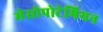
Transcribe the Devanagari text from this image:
मेसोपोटेमियन